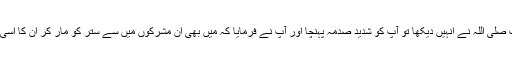
شہادت کے بعد جب آپ صلی اللہ نے انہیں دیکھا تو آپ کو شدید صدمہ پہنچا اور آپ نے فرمایا کہ میں بھی ان مشرکوں میں سے ستر کو مار کر ان کا اسی طرح حلیہ بگاڑوں گا ۔